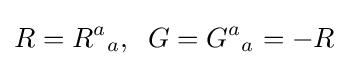
R={R^{a}}_{a},\;\;G={G^{a}}_{a}=-R